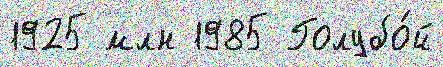
1925 млн 1985 Голубо́й